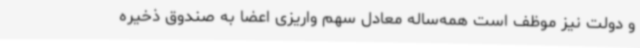
و دولت نیز موظف است همه‌ساله معادل سهم واریزی اعضا به صندوق ذخیره